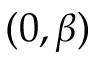
( 0 , \beta )